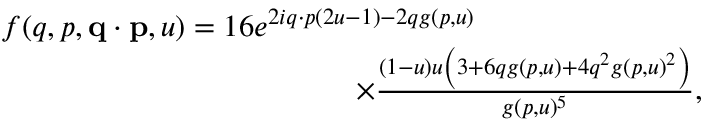
\begin{array} { r } { f ( q , p , \ensuremath { \mathbf { q } } \cdot \ensuremath { \mathbf { p } } , u ) = 1 6 e ^ { 2 i \b { q } \cdot \b { p } ( 2 u - 1 ) - 2 q g ( p , u ) } \phantom { x x x x x x x x x x x x x x x } } \\ { \times \frac { ( 1 - u ) u \left( 3 + 6 q g ( p , u ) + 4 q ^ { 2 } g ( p , u ) ^ { 2 } \right) } { g ( p , u ) ^ { 5 } } , \; \; \; } \end{array}